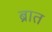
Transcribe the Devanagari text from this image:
ब्रात